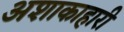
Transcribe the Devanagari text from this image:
अशाकाहारी